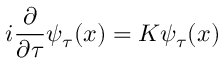
i \frac { \partial } { \partial \tau } \psi _ { \tau } ( x ) = K \psi _ { \tau } ( x )